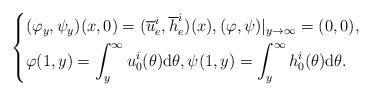
LaTeX: \begin{align*}\left\{\begin{aligned} &(\varphi_y,\psi_y)(x,0)=(\overline u_e^i,\overline h_e^i)(x),(\varphi,\psi)|_{y\rightarrow\infty}=(0,0),\\ &\varphi(1,y)=\int_y^\infty u_0^i(\theta){\rm d}\theta,\psi(1,y)=\int_y^\infty h_0^i(\theta){\rm d}\theta.\end{aligned}\right.\end{align*}